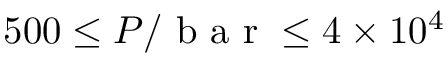
5 0 0 \le P / \mathrm { ~ b ~ a ~ r ~ } \le 4 \times 1 0 ^ { 4 }